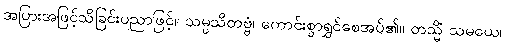
အပြားအဖြင့်သိခြင်းပညာဖြင့်။ သမ္ပသိတဗ္ဗံ၊ ကောင်းစွာရွှင်စေအပ်၏။ တသ္မိံ သမယေ၊